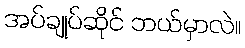
အပ်ချုပ်ဆိုင် ဘယ်မှာလဲ။